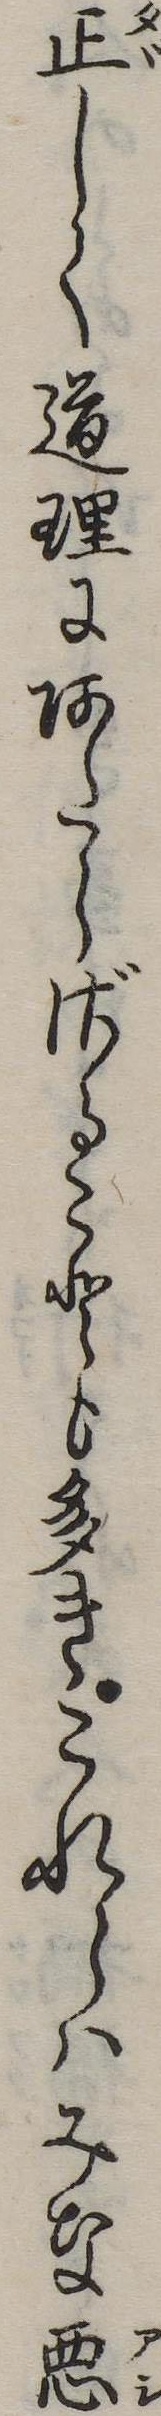
正しく道理にあたらざることも多きこれらはみな悪